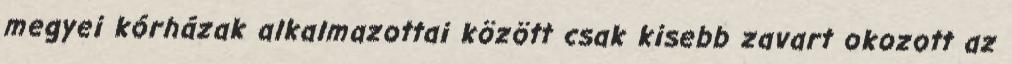
megyei kórházak alkalmazottai között csak kisebb zavart okozott az